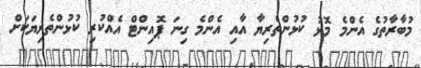
މުބާރާތުގެ އެންމެ މޮޅު ކުޅުންތެރިޔާ އާއި އެންމެ ގިނަ ޕޮއިންޓް އެއްކުރި ކުޅުންތެރިޔަކަށް